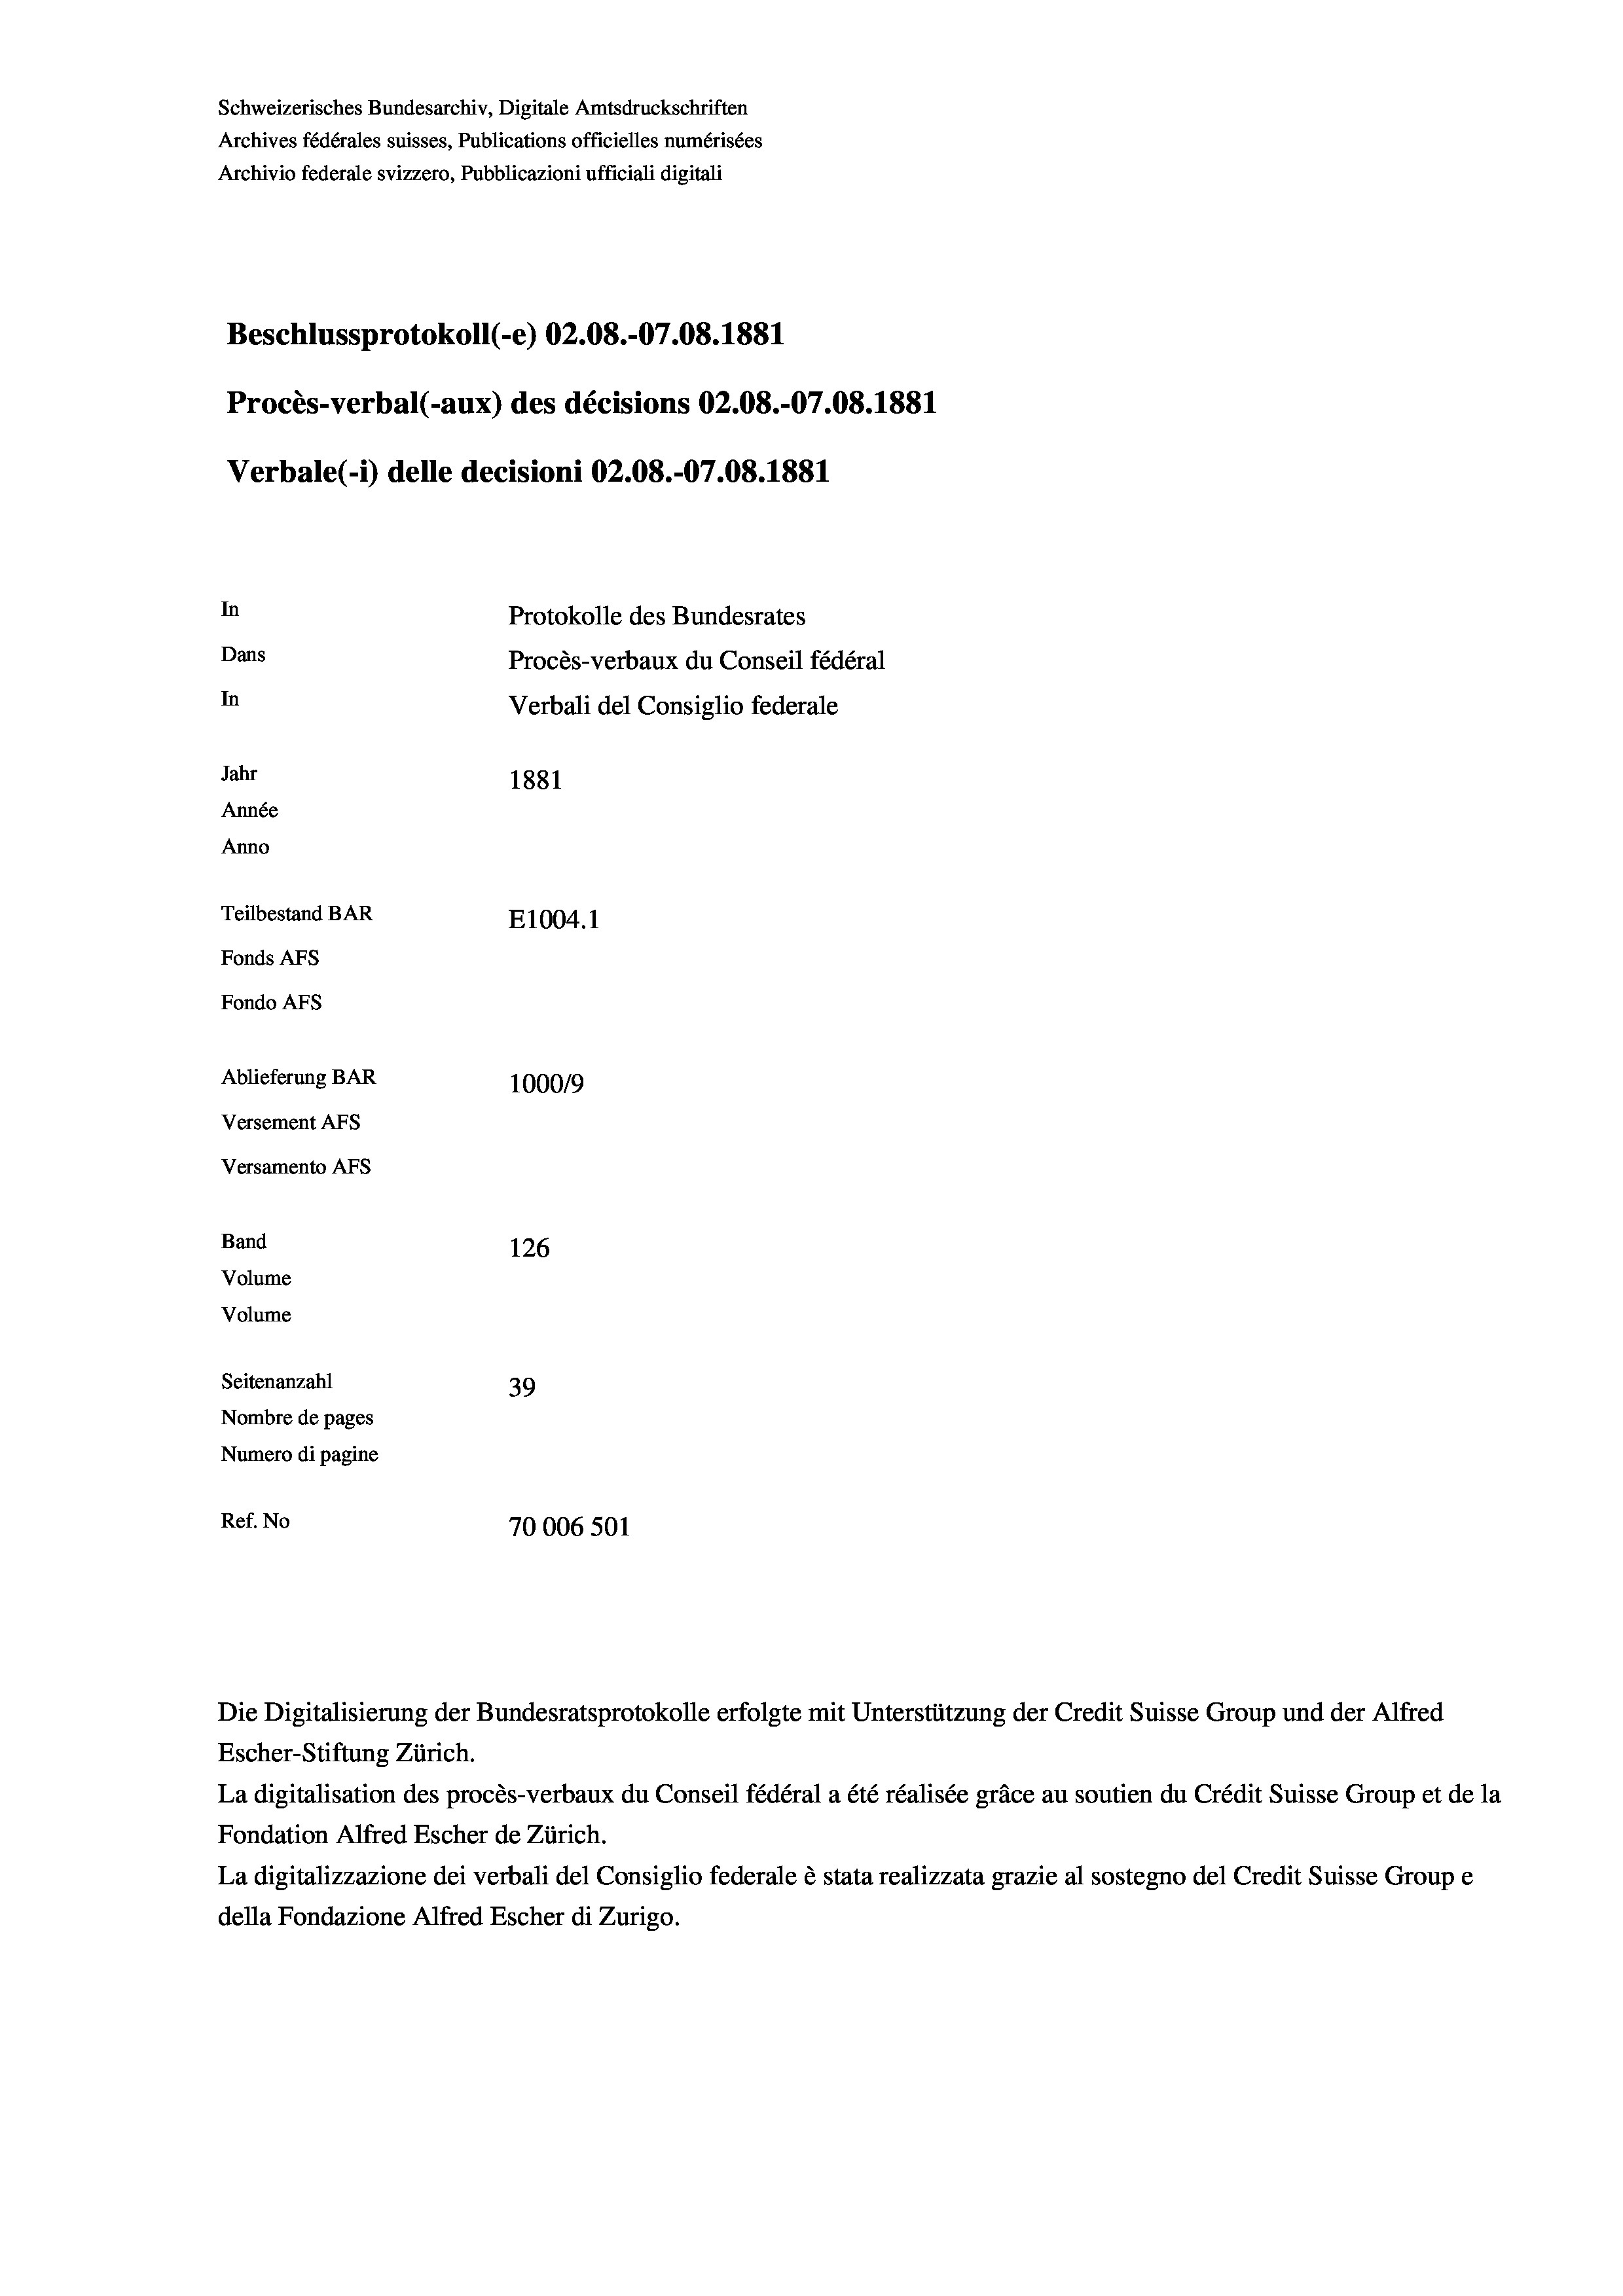
Schweizerisches Bundesarchiv, Digitale Amtsdruckschriften
Archives fédérales suisses, Publications officielles numérisées
Archivio federale svizzero, Pubblicazioni ufficiali digitali
Beschlussprotokoll (-e) 02.08.-07.08. 1881
Procès-verbal (-aux) des décisions 02.08.-07.08. 1881
Verbale(-*) delle decisioni 02.08.-07.08. 1881
In
Protokolle des Bundesrates
Dans
Procès-verbaux du Conseil fédéral
In
Verbali del Consiglio federale
Jahr
1881
Année
Anno
Teilbestand BAR
E1004. 1
Fonds AFs
Fondo Afs
Ablieferung BAR
100019
Versement AFs
Versamento Afs
Band
126
Volume
Volume
Seitenanzahl
39
Nombre de pages
Numero di pagine
Ref. No
70006 501

Die Digitalisierung der Bundesratsprotokolle erfolgte mit Unterstützung der Credit Suisse Group und der Alfred
Escher-Stiftung Zürich.
La digitalisation des procès-verbaux du Conseil fédéral a été réalisée gräce au soutien du Crédit Suisse Group et de la
Fondation Alfred Escher de Zürich.
La digitalizzazione dei verbali del Consiglio federale è stata realizzata grazie al sostegno del Credit Suisse Groupe
della Fondazione Alfred Escher di Zurigo.